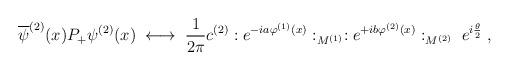
LaTeX: \begin{align*}\overline{\psi}^{(2)}(x) P_+ \psi^{(2)}(x) \; \longleftrightarrow \;\frac{1}{2\pi} c^{(2)}:e^{-ia \varphi^{(1)}(x)}:_{M^{(1)}}:e^{+ib \varphi^{(2)}(x)}:_{M^{(2)}} \; e^{i\frac{\theta}{2}} \; ,\end{align*}